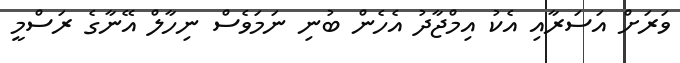
ވަރަށް އަސަރާއި އެކު އިމްޖާދު އެހެން ބުނި ނަމަވެސް ނިހާލް އޭނާގެ ރަސްމީ